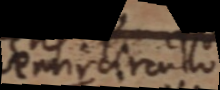
semicirculo